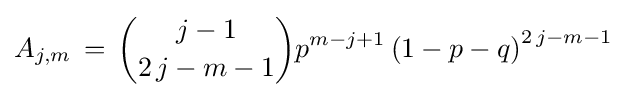
A_{j,m}\,=\,{j-1 \choose 2\,j-m-1}{p}^{m-j+1}\left(1-p-q\right)^{2\,j-m-1}